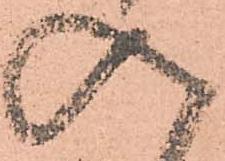
入